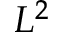
L ^ { 2 }